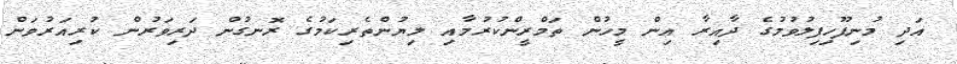
އަދި މުނިފޫހިފިލުވުމުގެ ދާއިރާ އިން މީހުން ތަމްރީންކުރުމާއި ލިޔުންތެރިކަމުގެ ރޮނގުން ދަރިވަރުން ކުރިއަރުވަން